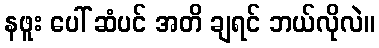
နဖူး ပေါ် ဆံပင် အတိ ချရင် ဘယ်လိုလဲ။